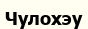
Чулохэу